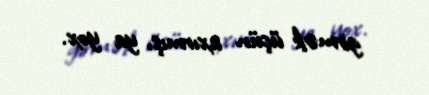
girmək üçün axırmış, ya yox.